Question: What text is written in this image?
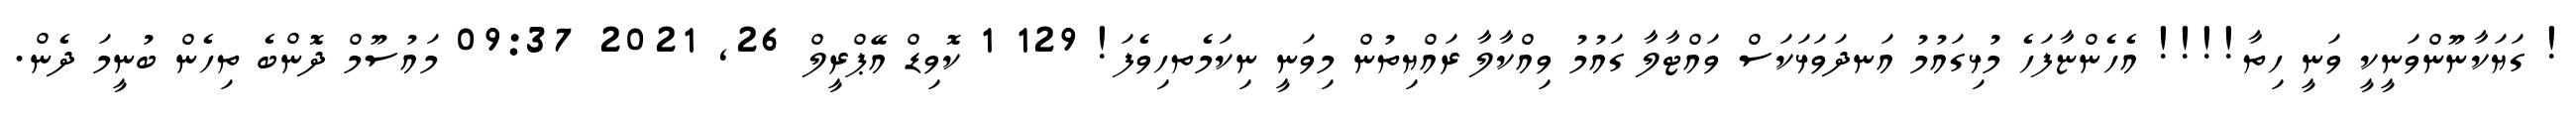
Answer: ! ގަޔަކާނޫންވަނީކީ ވަނީ ހިތާ!!!! އެހެންޏާފަހެ މުޅިގައުމު އަނދަވަޅަކަސް ވައްޓާލާ ގައުމު ވިއްކާލާ ރައްޔިތުން މިވަނީ ނިކަމެތހިވެފަ! 129 1 ކޮވިޑް އޭޕްރީލް 26, 2021 09:37 މައުސޫމް ދޮންބެ ތިހެން ބުނީމަ ދެން.